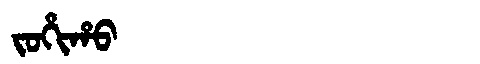
Manchu: ᠵᠣᡥᡳᡥᠣ
Romanization: JOHIHO